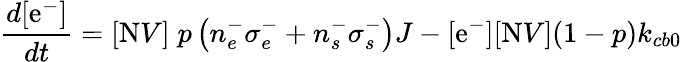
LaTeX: \frac{d[\mathrm{e^{-}}]}{dt}=[\mathrm{N}V]\; p\left(n_{e}^{-}\sigma_{e}^{-}+n_{s}^{-}\sigma_{s}^{-}\right)J-[\mathrm{e^{-}}][\mathrm{N}V](1-p)k_{cb0}